Annual report on the health of the army in India
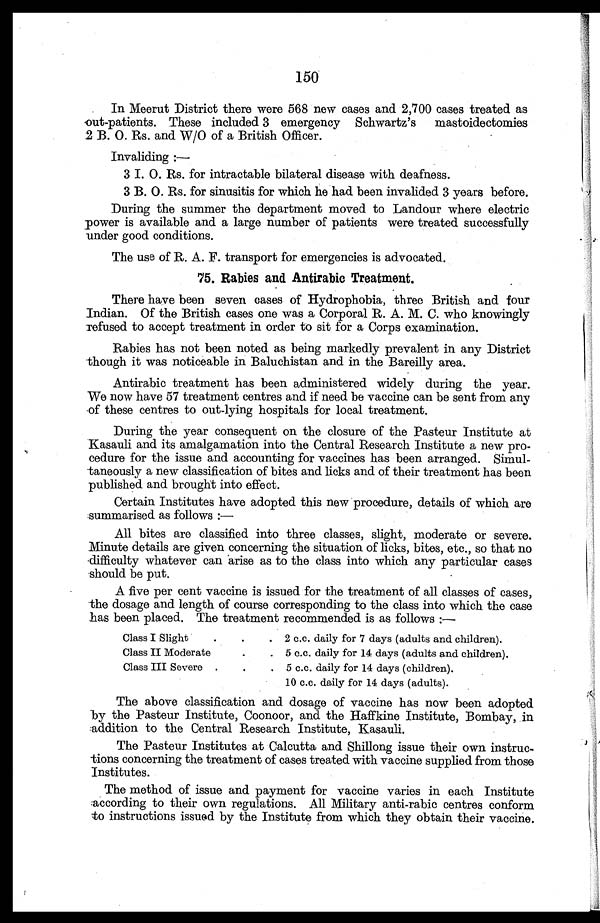
150
In Meerut District there were 568 new cases and 2,700 cases treated as
out-patients. These included 3 emergency Schwartz's mastoidectomies
2 B. O. Rs. and W/O of a British Officer.
Invaliding:—
3 I. O. Rs. for intractable bilateral disease with deafness.
3 B. O. Rs. for sinusitis for which he had been invalided 3 years before.
During the summer the department moved to Landour where electric
power is available and a large number of patients were treated successfully
under good conditions.
The use of R. A. F. transport for emergencies is advocated.
75. Rabies and Antirabic Treatment.
There have been seven cases of Hydrophobia, three British and four
Indian. Of the British cases one was a Corporal R. A. M. C. who knowingly
refused to accept treatment in order to sit for a Corps examination.
Rabies has not been noted as being markedly prevalent in any District
though it was noticeable in Baluchistan and in the Bareilly area.
Antirabic treatment has been administered widely during the year.
We now have 57 treatment centres and if need be vaccine can be sent from any
of these centres to out-lying hospitals for local treatment.
During the year consequent on the closure of the Pasteur Institute at
Kasauli and its amalgamation into the Central Research Institute a new pro
-cedure for the issue and accounting for vaccines has been arranged. Simul
-taneously a new classification of bites and licks and of their treatment has been
published and brought into effect.
Certain Institutes have adopted this new procedure, details of which are
summarised as follows:
—
All bites are classified into three classes, slight, moderate or severe.
Minute details are given concerning the situation of licks, bites, etc., so that no
difficulty whatever can arise as to the class into which any particular cases
should be put.
A five per cent vaccine is issued for the treatment of all classes of cases,
the dosage and length of course corresponding to the class into which the case
has been placed. The treatment recommended is as follows:—
Class I Slight
2 c.c. daily for 7 days (adults and children).
Class II Moderate
5 c.c. daily for 14 days (adults and children).
Class III Severe
5 c.c. daily for 14 days (children).
10 c.c. daily for 14 days (adults).
The above classification and dosage of vaccine has now been adopted
by the Pasteur Institute, Coonoor, and the Haffkine Institute, Bombay, in
addition to the Central Research Institute, Kasauli.
The Pasteur Institutes at Calcutta and Shillong issue their own instruc
- t i o n s c o n c e r n i n g t h e t r e a t m e n t o f c a s e s t r e a t e d w i t h v a c c i n e s u p p l i e d f r o m t h o s e
Institutes.
The method of issue and payment for vaccine varies in each Institute
according to their own regulations. All Military anti-rabic centres conform
to instructions issued by the Institute from which they obtain their vaccine.